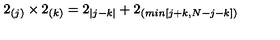
2 _ { ( j ) } \times 2 _ { ( k ) } = 2 _ { | j - k | } + 2 _ { ( m i n [ j + k , N - j - k ] ) }